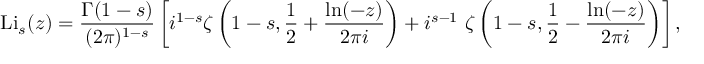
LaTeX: \operatorname { L i } _ { s } ( z ) = { \frac { \Gamma ( 1 - s ) } { ( 2 \pi ) ^ { 1 - s } } } \left[ i ^ { 1 - s } \zeta \left( 1 - s , { \frac { 1 } { 2 } } + { \frac { \ln ( - z ) } { 2 \pi i } } \right) + i ^ { s - 1 } ~ \zeta \left( 1 - s , { \frac { 1 } { 2 } } - { \frac { \ln ( - z ) } { 2 \pi i } } \right) \right] ,